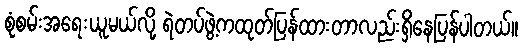
စုံစမ်းအရေးယူမယ်လို့ ရဲတပ်ဖွဲ့ကထုတ်ပြန်ထားတာလည်းရှိနေပြန်ပါတယ်။